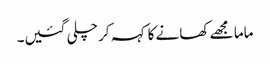
ماما مجھے کھانے کا کہہ کر چلی گئیں۔